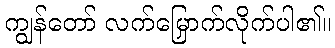
ကျွန်တော် လက်မြှောက်လိုက်ပါ၏။